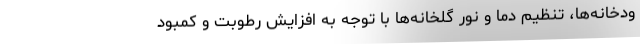
ودخانه‌ها، تنظیم دما و نور گلخانه‌ها با توجه به افزایش رطوبت و کمبود